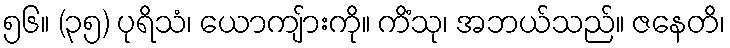
၅၆။ (၃၅) ပုရိသံ၊ ယောကျ်ားကို။ ကိံသု၊ အဘယ်သည်။ ဇနေတိ၊